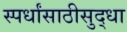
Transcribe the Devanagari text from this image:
स्पर्धांसाठीसुद्धा